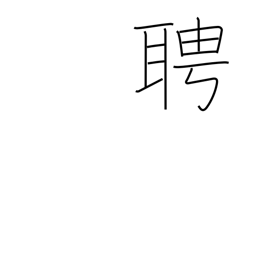
Meaning: invite